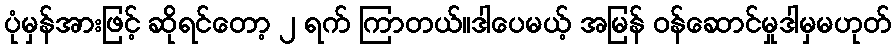
ပုံမှန်အားဖြင့် ဆိုရင်တော့ ၂ ရက် ကြာတယ်။ဒါပေမယ့် အမြန် ဝန်ဆောင်မှုဒါမှမဟုတ်